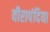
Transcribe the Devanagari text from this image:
वीरापंदिया